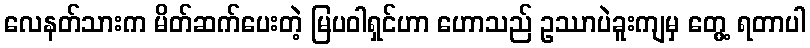
လေနတ်သားက မိတ်ဆက်ပေးတဲ့ မြပဝါရှင်ဟာ ဟောသည် ဥဿာပဲခူးကျမှ တွေ့ ရတာပါ